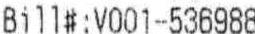
BILL#:V001-536988